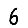
Digit: 6